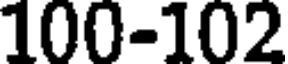
100-102